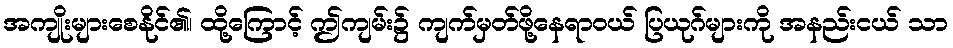
အကျိုးများစေနိုင်၏၊ ထို့ကြောင့် ဤကျမ်း၌ ကျက်မှတ်ဖို့နေရာဝယ် ပြယုဂ်များကို အနည်းငယ် သာ